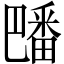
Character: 𪽡